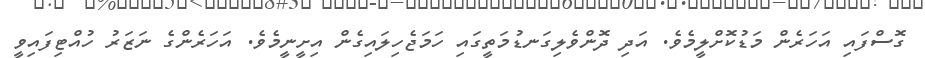
ގޮސްފައި އަހަރެން މަޑުކޮށްލީމެވެ. އަދި ދޮންވެލިގަނޑުމަތީގައި ހަމަޖެހިލައިގެން އިށީނީމެވެ. އަހަރެންގެ ނަޒަރު ހުއްޓިފައިވީ